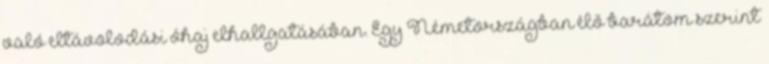
való eltávolodási óhaj elhallgatásában. Egy Németországban élő barátom szerint